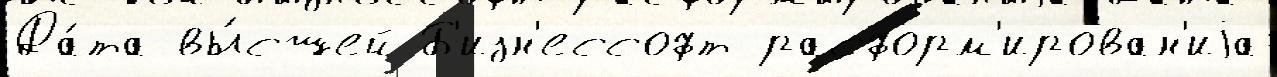
Да́та вы́сшей Б'изн'ессофт расформ'ирован'иjа